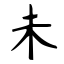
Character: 未